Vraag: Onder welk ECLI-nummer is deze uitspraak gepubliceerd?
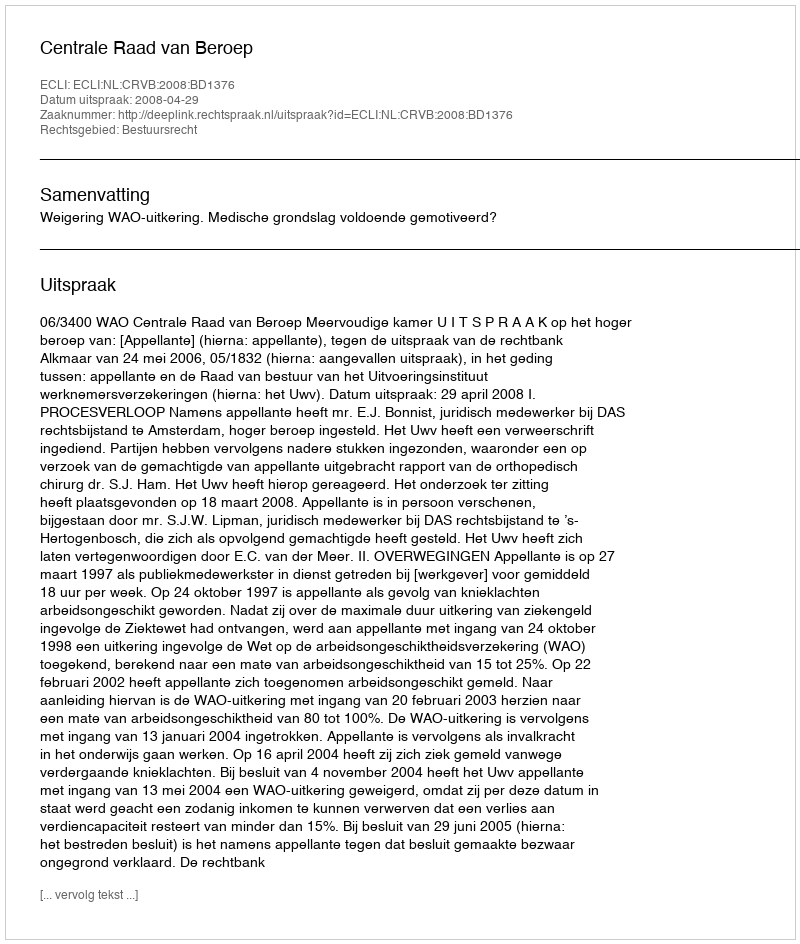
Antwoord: ECLI:NL:CRVB:2008:BD1376